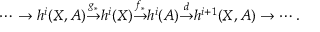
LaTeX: { } \quad \cdots \to h ^ { i } ( X , A ) { \overset { g _ { * } } { \to } } h ^ { i } ( X ) { \overset { f _ { * } } { \to } } h ^ { i } ( A ) { \overset { d } { \to } } h ^ { i + 1 } ( X , A ) \to \cdots .